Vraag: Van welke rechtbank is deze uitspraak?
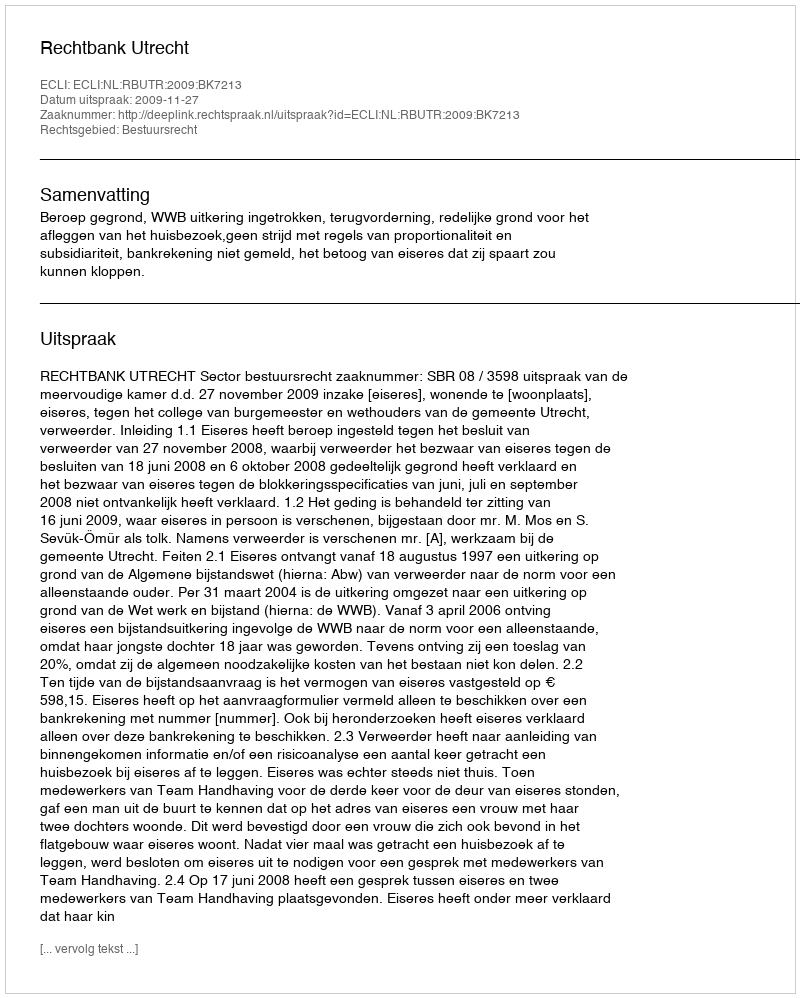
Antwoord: Rechtbank Utrecht